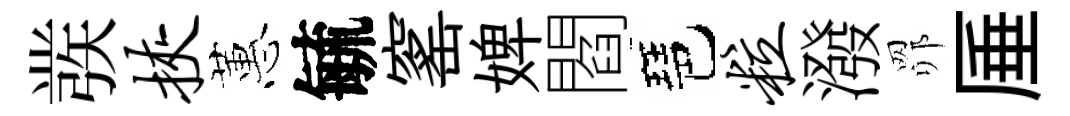
彂挟蕙毓窰婢閻琶粒潑𦊑厜